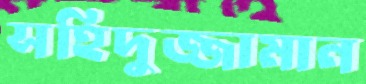
সহিদুজ্জামান